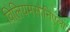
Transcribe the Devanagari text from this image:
विलियमसोनिएला